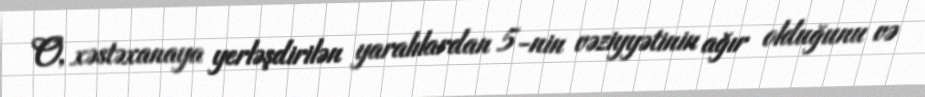
O, xəstəxanaya yerləşdirilən yaralılardan 5-nin vəziyyətinin ağır olduğunu və